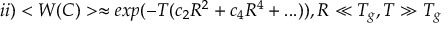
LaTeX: i i ) < W ( C ) > \approx e x p ( - T ( c _ { 2 } R ^ { 2 } + c _ { 4 } R ^ { 4 } + . . . ) ) , R \ll T _ { g } , T \gg T _ { g }